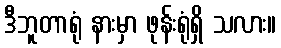
ဒီဘူတာရုံ နားမှာ ဖုန်းရုံရှိ သလား။